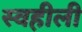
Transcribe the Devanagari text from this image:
स्वहीली